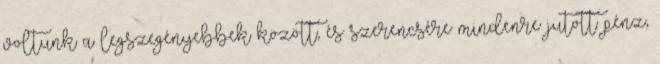
voltunk a legszegényebbek között, és szerencsére mindenre jutott pénz,